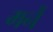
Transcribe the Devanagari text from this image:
मर्ने